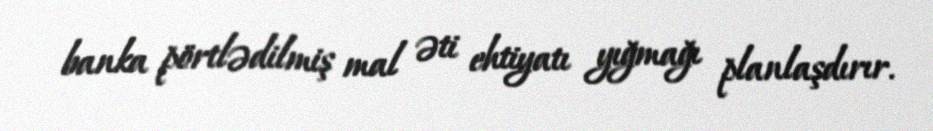
banka pörtlədilmiş mal əti ehtiyatı yığmağı planlaşdırır.